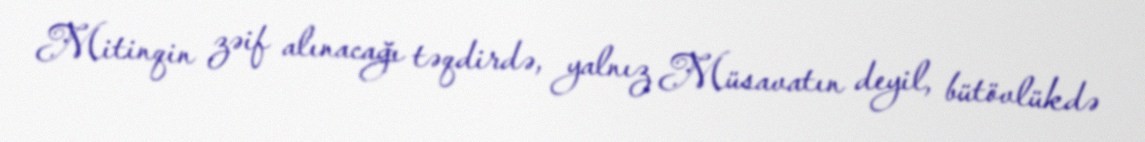
Mitinqin zəif alınacağı təqdirdə, yalnız Müsavatın deyil, bütövlükdə